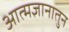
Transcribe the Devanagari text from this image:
आत्मज्ञानातुन